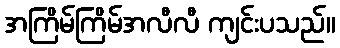
အကြိမ်ကြိမ်အလီလီ ကျင်းပသည်။